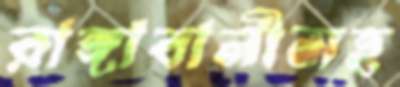
রাঙ্গাবালীসহ